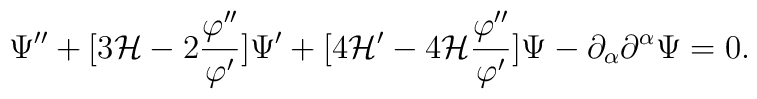
\Psi'' + [3 {\cal H} - 2 \frac{\varphi''}{\varphi'}] \Psi' + [ 4 {\cal H}' - 4 {\cal H} \frac{\varphi''}{\varphi'}] \Psi  - \partial_{\alpha}\partial^{\alpha} \Psi=0.